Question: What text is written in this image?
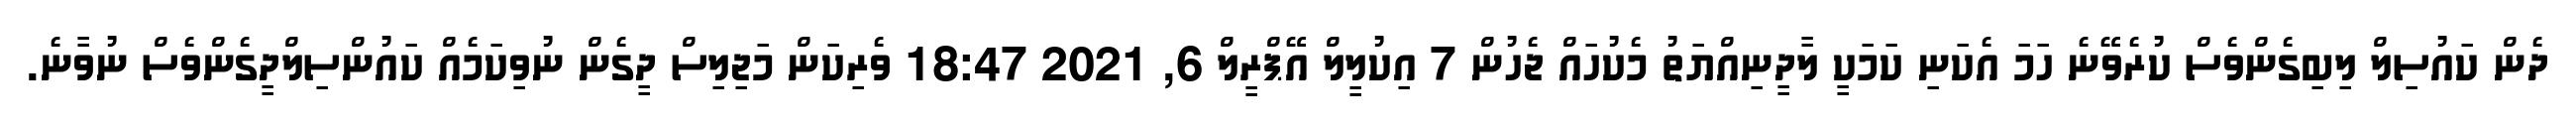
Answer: ދެން ކައުސިލް ލިބިގެންވެސް ކުރެވޭނެ ހަމަ އެކަނި ކަމަކީ ލާދީނިއްޔަތު މެކުހައް ޖެހުން 7 އިކުލީލް އޭޕްރީލް 6, 2021 18:47 ވެރިކަން މަޖިލިސް ދީގެން ނުވިކަމެއް ކައުންސިލްދީގެންވެސް ނުވާނެ.